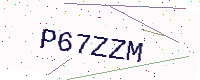
Text: P67ZZM